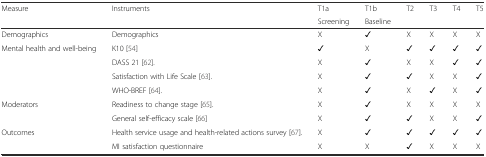
| Measure | Instruments | T1a | T1b | T2 | T3 | T4 | T5 |
 |  |  | Screening | Baseline |  |  |  |  |
 | --- | --- | --- | --- | --- | --- | --- | --- |
 | Demographics | Demographics | X | ✓ | X | X | X | X |
 | Mental health and well-being | K10 [54] | ✓ | X | ✓ | ✓ | ✓ | ✓ |
 |  | DASS 21 [62]. | X | ✓ | X | X | ✓ | ✓ |
 |  | Satisfaction with Life Scale [63]. | X | ✓ | ✓ | X | X | ✓ |
 |  | WHO-BREF [64]. | X | ✓ | X | ✓ | X | ✓ |
 | Moderators | Readiness to change stage [65]. | X | ✓ | X | X | X | X |
 |  | General self-efficacy scale [66] | X | ✓ | ✓ | X | X | ✓ |
 | Outcomes | Health service usage and health-related actions survey [67]. | X | ✓ | ✓ | ✓ | ✓ | ✓ |
 |  | MI satisfaction questionnaire | X | X | ✓ | X | X | X |